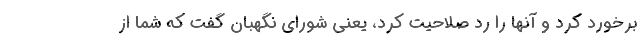
برخورد کرد و آنها را رد صلاحیت کرد، یعنی شورای نگهبان گفت که شما از